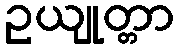
ဥယျုတ္တာ